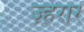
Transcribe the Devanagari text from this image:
ज़्हेरार